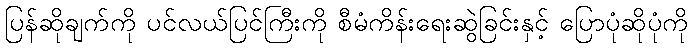
ပြန်ဆိုချက်ကို ပင်လယ်ပြင်ကြီးကို စီမံကိန်းရေးဆွဲခြင်းနှင့် ပြောပုံဆိုပုံကို